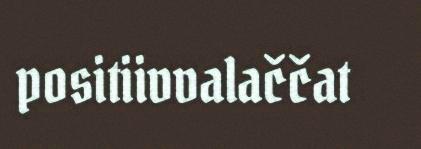
positiivvalaččat